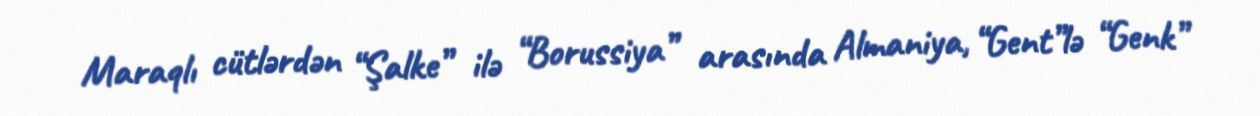
Maraqlı cütlərdən “Şalke” ilə “Borussiya” arasında Almaniya, “Gent”lə “Genk”